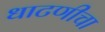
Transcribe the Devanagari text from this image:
धाटणीचा